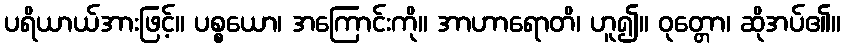
ပရိယာယ်အားဖြင့်။ ပစ္စယော၊ အကြောင်းကို။ အာဟာရောတိ၊ ဟူ၍။ ဝုတ္တော၊ ဆိုအပ်၏။